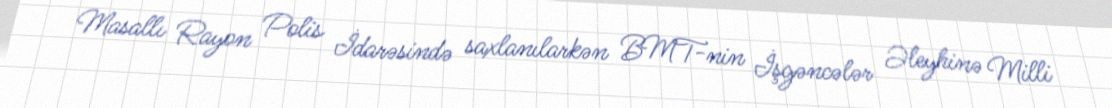
Masallı Rayon Polis İdarəsində saxlanılarkən BMT-nin İşgəncələr Əleyhinə Milli